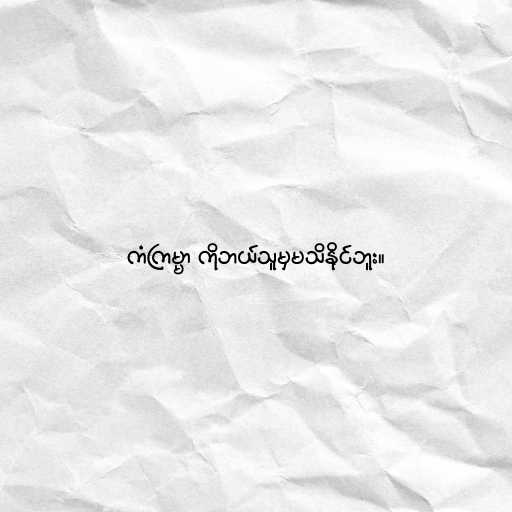
ကံကြမ္မာ ကိုဘယ်သူမှမသိနိုင်ဘူး။